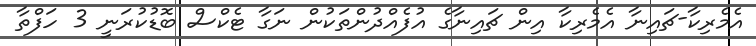
އެމެރިކާ-ޗައިނާ އެމެރިކާ އިން ޗައިނާގެ އުފެއްދުންތަކުން ނަގާ ޓެކްސް ބޮޑުކުރަނީ 3 ހަފްތާ